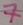
Text: 7